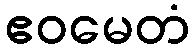
ဧဝမေတံ